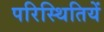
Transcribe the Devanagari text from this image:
परिस्थितियें